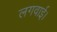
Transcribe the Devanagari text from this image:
लगवाई।